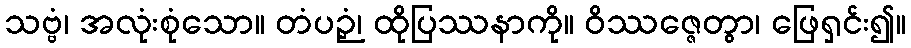
သဗ္ဗံ၊ အလုံးစုံသော။ တံပဉှံ၊ ထိုပြဿနာကို။ ဝိဿဇ္ဇေတွာ၊ ဖြေရှင်း၍။